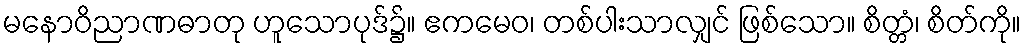
မနောဝိညာဏဓာတု ဟူသောပုဒ်၌။ ဧကမေဝ၊ တစ်ပါးသာလျှင် ဖြစ်သော။ စိတ္တံ၊ စိတ်ကို။